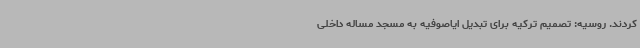
کردند. روسیه: تصمیم ترکیه برای تبدیل ایاصوفیه به مسجد مساله داخلی